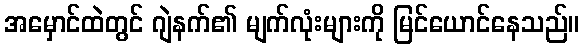
အမှောင်ထဲတွင် ဂျဲနက်၏ မျက်လုံးများကို မြင်ယောင်နေသည်။